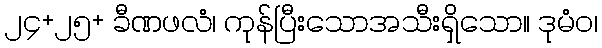
၂၄+၂၅+ ခီဏဖလံ၊ ကုန်ပြီးသောအသီးရှိသော။ ဒုမံဝ၊